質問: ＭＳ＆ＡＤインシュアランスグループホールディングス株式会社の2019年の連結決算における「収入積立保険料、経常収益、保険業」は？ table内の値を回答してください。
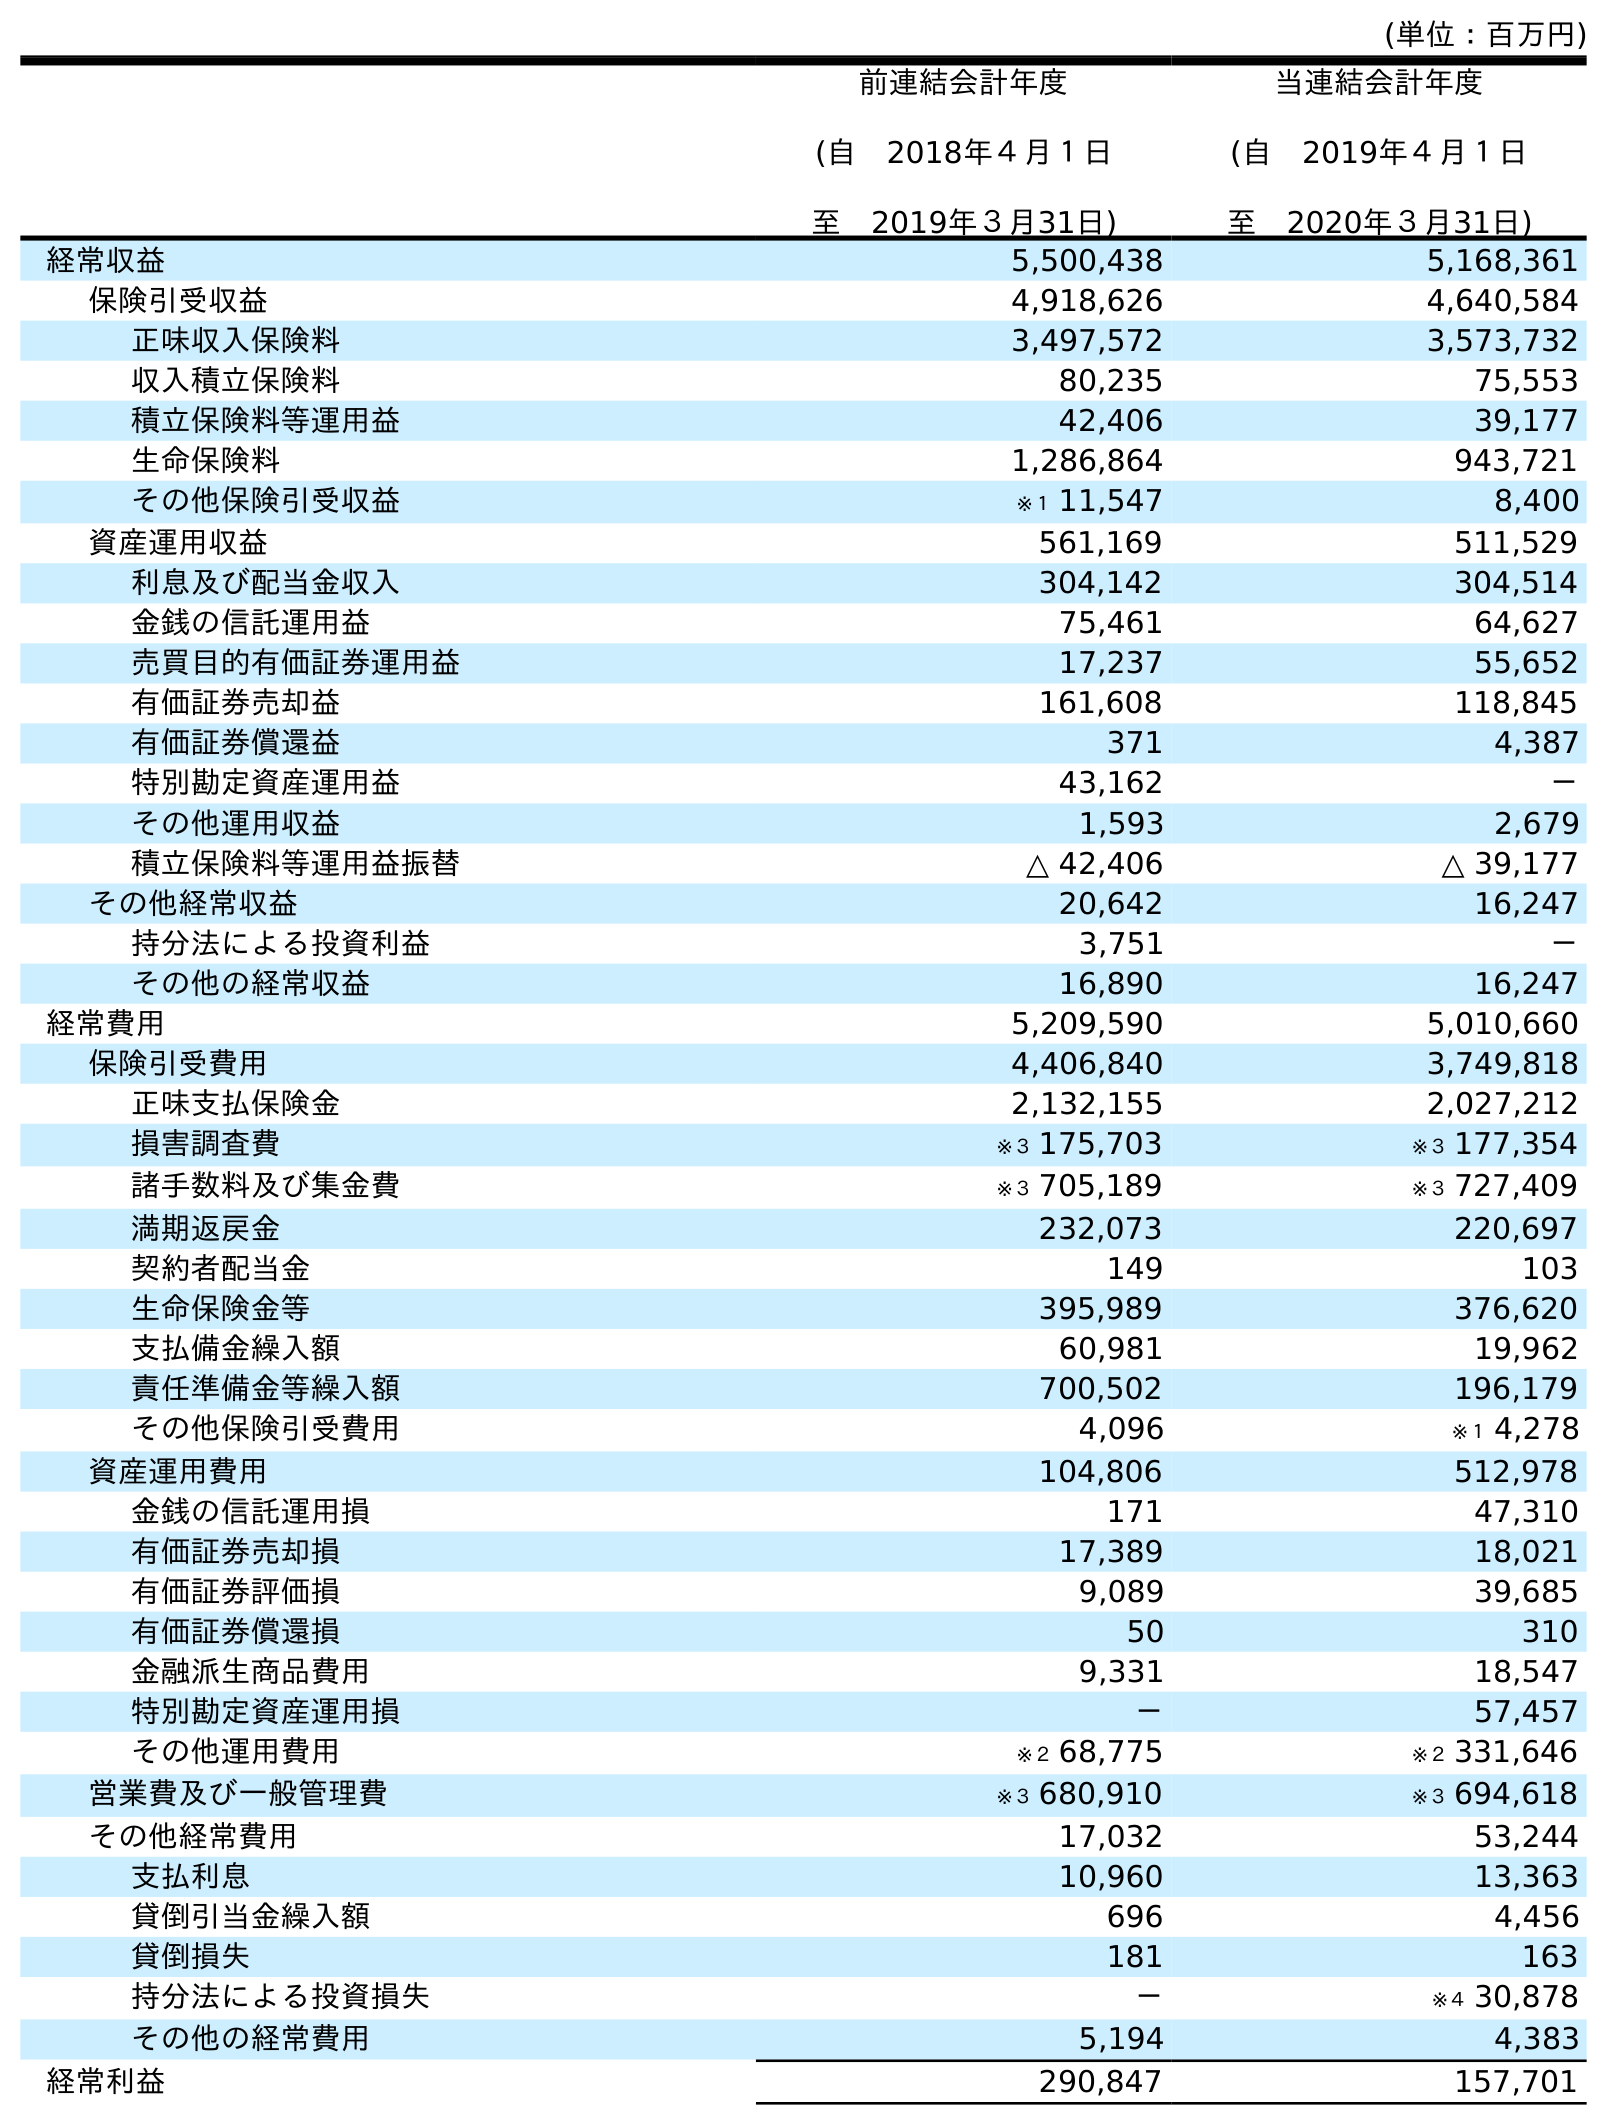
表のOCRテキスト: (単位：百万円) 前連結会計年度 (自 2018年４月１日 至 2019年３月31日) 当連結会計年度 (自 2019年４月１日 至 2020年３月31日) 経常収益 5,500,438 5,168,361 保険引受収益 4,918,626 4,640,584 正味収入保険料 3,497,572 3,573,732 収入積立保険料 80,235 75,553 積立保険料等運用益 42,406 39,177 生命保険料 1,286,864 943,721 その他保険引受収益 ※１ 11,547 8,400 資産運用収益 561,169 511,529 利息及び配当金収入 304,142 304,514 金銭の信託運用益 75,461 64,627 売買目的有価証券運用益 17,237 55,652 有価証券売却益 161,608 118,845 有価証券償還益 371 4,387 特別勘定資産運用益 43,162 － その他運用収益 1,593 2,679 積立保険料等運用益振替 △ 42,406 △ 39,177 その他経常収益 20,642 16,247 持分法による投資利益 3,751 － その他の経常収益 16,890 16,247 経常費用 5,209,590 5,010,660 保険引受費用 4,406,840 3,749,818 正味支払保険金 2,132,155 2,027,212 損害調査費 ※３ 175,703 ※３ 177,354 諸手数料及び集金費 ※３ 705,189 ※３ 727,409 満期返戻金 232,073 220,697 契約者配当金 149 103 生命保険金等 395,989 376,620 支払備金繰入額 60,981 19,962 責任準備金等繰入額 700,502 196,179 その他保険引受費用 4,096 ※１ 4,278 資産運用費用 104,806 512,978 金銭の信託運用損 171 47,310 有価証券売却損 17,389 18,021 有価証券評価損 9,089 39,685 有価証券償還損 50 310 金融派生商品費用 9,331 18,547 特別勘定資産運用損 － 57,457 その他運用費用 ※２ 68,775 ※２ 331,646 営業費及び一般管理費 ※３ 680,910 ※３ 694,618 その他経常費用 17,032 53,244 支払利息 10,960 13,363 貸倒引当金繰入額 696 4,456 貸倒損失 181 163 持分法による投資損失 － ※４ 30,878 その他の経常費用 5,194 4,383 経常利益 290,847 157,701
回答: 80,235